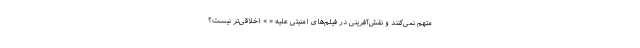
متهم نمی‌کنند و نقش‌آفرینی در فیلم‌های امنیتی علیه « » اخلاقی‌تر نیست؟